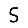
Digit: 5